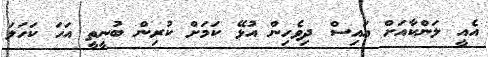
އެއީ ލަންކާއަށް އައިސް ދިވެހިން އުޅޭ ކަމަށް ކުރިން ބުނީތީ އަހަ ކަހަލަ